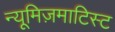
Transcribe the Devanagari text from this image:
न्यूमिज़माटिस्ट